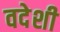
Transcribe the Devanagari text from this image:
वदेशी